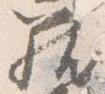
籠